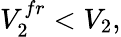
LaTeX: V_{2}^{fr}<V_{2},